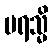
ပရသ္မိ